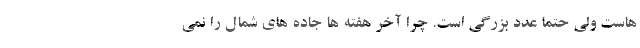
هاست ولی حتماً عدد بزرگی است. چرا آخر هفته ها جاده های شمال را نمی